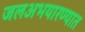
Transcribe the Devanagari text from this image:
जलअभयारण्यात